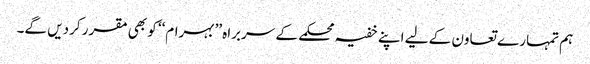
ہم تمہارے تعاون کے لیے اپنے خفیہ محکمے کے سربراہ ’’بہرام‘‘ کو بھی مقرر کردیں گے۔